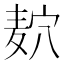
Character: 𱋎